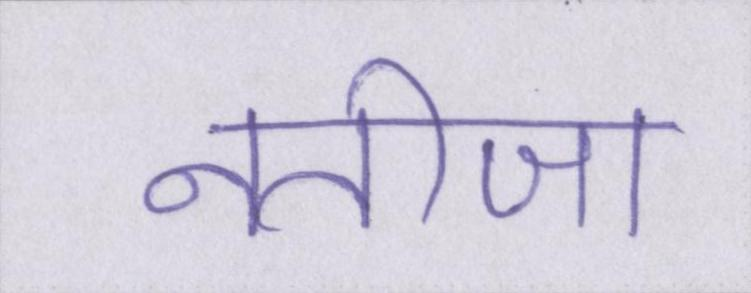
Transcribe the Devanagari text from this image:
नतीजा